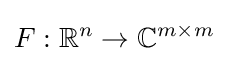
F:\mathbb {R} ^{n}\to \mathbb {C} ^{m\times m}